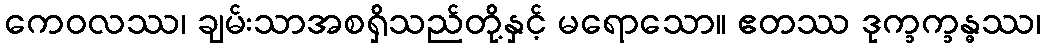
ကေဝလဿ၊ ချမ်းသာအစရှိသည်တို့နှင့် မရောသော။ ဧတဿ ဒုက္ခက္ခန္ဓဿ၊